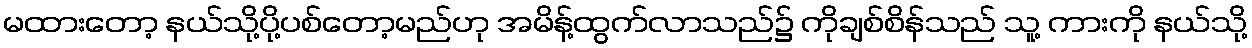
မထားတော့ နယ်သို့ပို့ပစ်တော့မည်ဟု အမိန့်ထွက်လာသည်၌ ကိုချစ်စိန်သည် သူ့ ကားကို နယ်သို့